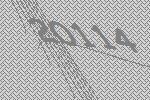
20114